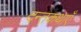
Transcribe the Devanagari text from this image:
दन्तकथाएँ